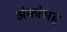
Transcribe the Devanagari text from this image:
अंकांसह